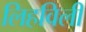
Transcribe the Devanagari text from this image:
लिहविली